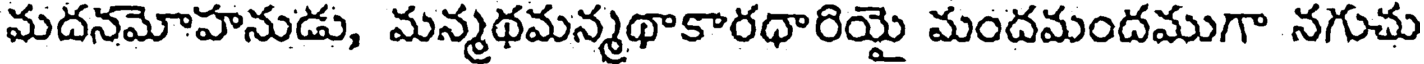
మదనమోహనుడు, మన్మథమన్మథాకారధారియై మందమందముగా నగుచు